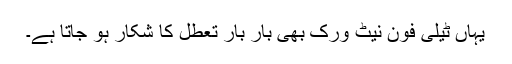
یہاں ٹیلی فون نیٹ ورک بھی بار بار تعطل کا شکار ہو جاتا ہے۔